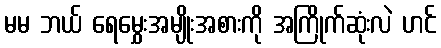
မမ ဘယ် ရေမွှေးအမျိုးအစားကို အကြိုက်ဆုံးလဲ ဟင်